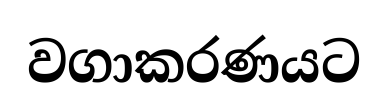
වගාකරණයට